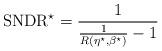
LaTeX: \begin{align*}\mathrm{SNDR}^{\star}=\frac{1}{\frac{1}{R(\eta^{\star}, \beta^{\star})}-1}\end{align*}